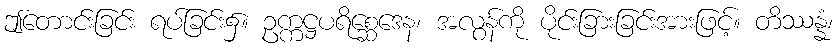
ဤတောင်းခြင်း ရပ်ခြင်း၌။ ဥက္ကဋ္ဌပရိစ္ဆေဒေန၊ အလွန်ကို ပိုင်းခြားခြင်းအားဖြင့်။ တိဿန္နံ၊